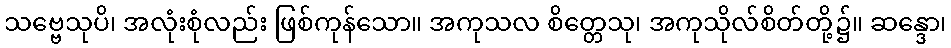
သဗ္ဗေသုပိ၊ အလုံးစုံလည်း ဖြစ်ကုန်သော။ အကုသလ စိတ္တေသု၊ အကုသိုလ်စိတ်တို့၌။ ဆန္ဒော၊